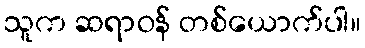
သူက ဆရာဝန် တစ်ယောက်ပါ။